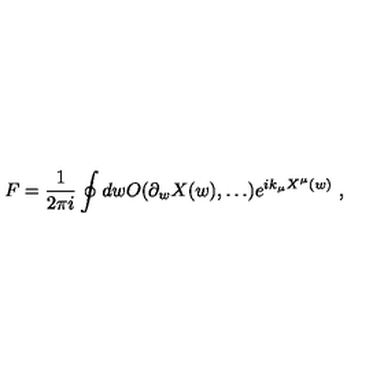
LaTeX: F = \frac { 1 } { 2 \pi i } \oint d w O ( \partial _ { w } X ( w ) , \dots ) e ^ { i k _ { \mu } X ^ { \mu } ( w ) } \ ,